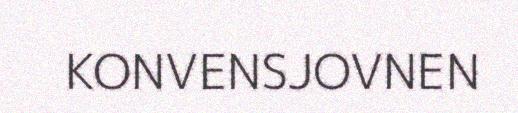
KONVENSJOVNEN